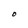
Character: O